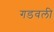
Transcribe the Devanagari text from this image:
गडवली